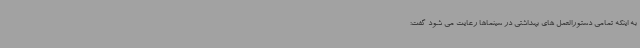
به اینکه تمامی دستورالعمل های بهداشتی در سینماها رعایت می شود گفت: